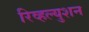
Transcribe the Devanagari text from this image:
रिव्हल्युशन